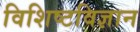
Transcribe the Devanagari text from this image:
विशिष्टविज्ञान